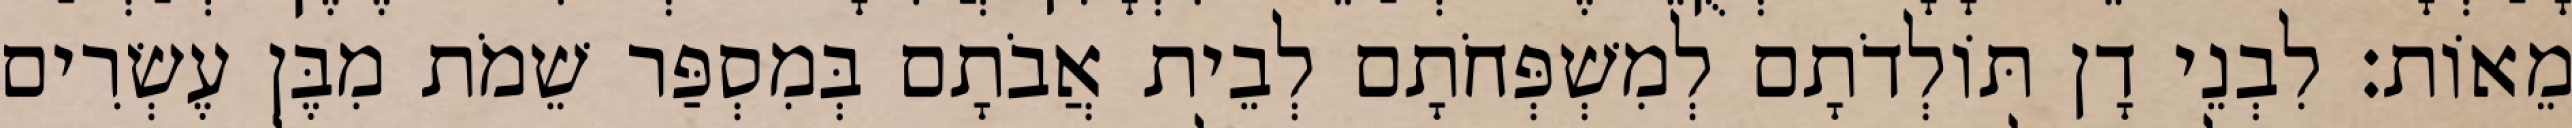
מֵאוֹת׃ לִבְנֵי דָן תּוֹלְדֹתָם לְמִשְׁפְּחֹתָם לְבֵית אֲבֹתָם בְּמִסְפַּר שֵׁמֹת מִבֶּן עֶשְׂרִים